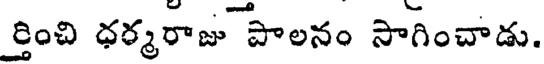
ర్తించి ధర్మరాజు పాలనం సాగించాడు.